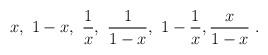
LaTeX: \begin{align*}x, \ 1-x , \ \frac{1}{x}, \ \frac{1}{1-x}, \ 1-\frac{1}{x}, \-\frac{x}{1-x}\ . \end{align*}